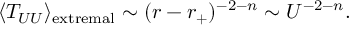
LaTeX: \langle T _ { U U } \rangle _ { \mathrm { e x t r e m a l } } \sim ( r - r _ { + } ) ^ { - 2 - n } \sim U ^ { - 2 - n } .